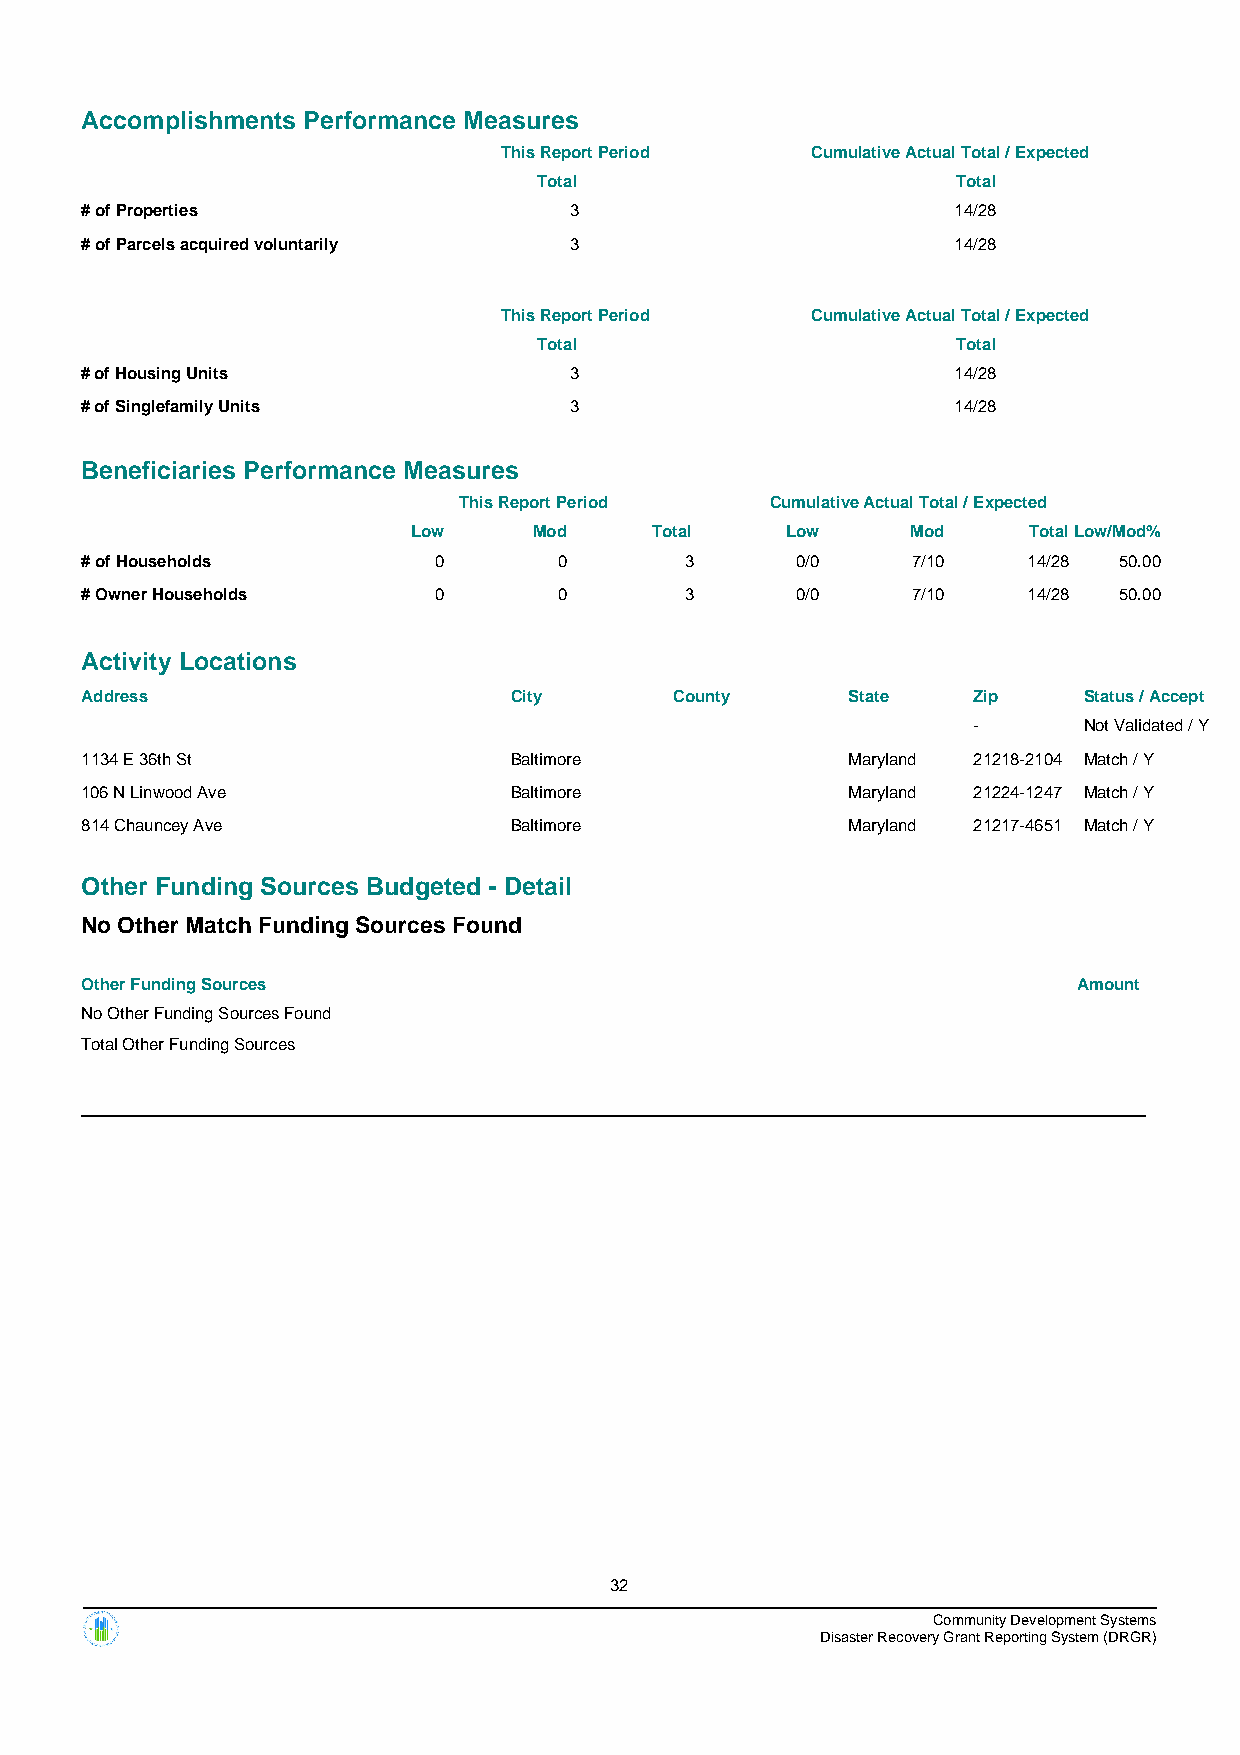
Accomplishments Performance Measures
 This Report Period   Cumulative Actual Total / Expected
 Total                      Total
 # of Properties                  3                        14/28
 # of Parcels acquired voluntarily 3                       14/28
 This Report Period   Cumulative Actual Total / Expected
 Total                      Total
 # of Housing Units               3                        14/28
 # of Singlefamily Units          3                        14/28
 Beneficiaries Performance Measures
 This Report Period   Cumulative Actual Total / Expected
 Low     Mod     Total    Low     Mod     TotalLow/Mod%
 # of Households         0       0       3       0/0    7/10    14/28 50.00
 # Owner Households      0       0       3       0/0    7/10    14/28 50.00
 Activity Locations
 Address                      City       County     State   Zip     Status / Accept
 -       Not Validated / Y
 1134 E 36th St               Baltimore             Maryland 21218-2104 Match / Y
 106 N Linwood Ave            Baltimore             Maryland 21224-1247 Match / Y
 814 Chauncey Ave             Baltimore             Maryland 21217-4651 Match / Y
 Other Funding Sources Budgeted - Detail
 No Other Match Funding Sources Found
 Other Funding Sources                                             Amount
 No Other Funding Sources Found
 Total Other Funding Sources
 32
 Community Development Systems
 Disaster Recovery Grant Reporting System (DRGR)